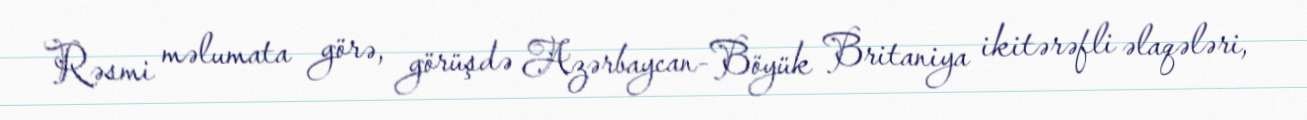
Rəsmi məlumata görə, görüşdə Azərbaycan-Böyük Britaniya ikitərəfli əlaqələri,